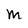
Character: M